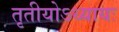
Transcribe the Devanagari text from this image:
तृतीयोऽध्यायः